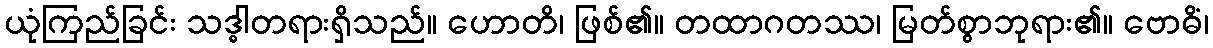
ယုံကြည်ခြင်း သဒ္ဓါတရားရှိသည်။ ဟောတိ၊ ဖြစ်၏။ တထာဂတဿ၊ မြတ်စွာဘုရား၏။ ဗောဓိံ၊